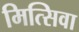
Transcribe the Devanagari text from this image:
मित्सिवा